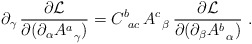
\begin{align*} \partial_{\gamma}\, {\partial {\cal L}\over \partial (\partial_{\alpha} A^a_{\,\ \gamma})} = C^b_{\ ac}\, A^c_{\,\ \beta}\, {\partial {\cal L}\over \partial (\partial_{\beta} A^b_{\,\ \alpha})}\ .\end{align*}